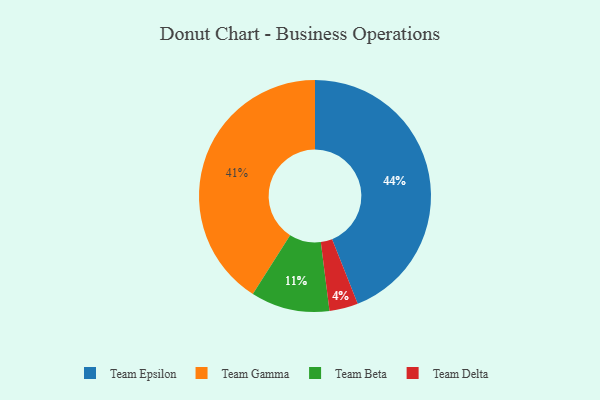
{"axis": {"x": "Category", "y": "Percentage"}, "legend": ["Team Beta", "Team Delta", "Team Epsilon", "Team Gamma"], "data": [{"x": "Team Epsilon", "y": 44, "type": "Team Epsilon"}, {"x": "Team Delta", "y": 4, "type": "Team Delta"}, {"x": "Team Beta", "y": 11, "type": "Team Beta"}, {"x": "Team Gamma", "y": 41, "type": "Team Gamma"}]}